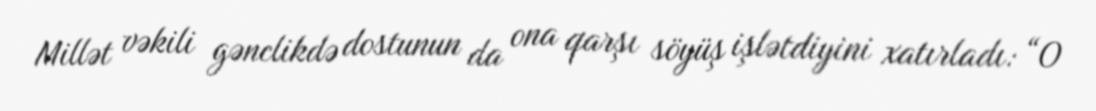
Millət vəkili gənclikdə dostunun da ona qarşı söyüş işlətdiyini xatırladı: “O